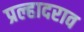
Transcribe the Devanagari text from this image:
प्रल्हादराव